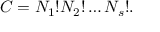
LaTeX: C = N _ { 1 } ! N _ { 2 } ! \ldots N _ { s } ! .